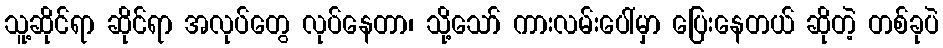
သူ့ဆိုင်ရာ ဆိုင်ရာ အလုပ်တွေ လုပ်နေတာ၊ သို့သော် ကားလမ်းပေါ်မှာ ပြေးနေတယ် ဆိုတဲ့ တစ်ခုပဲ